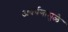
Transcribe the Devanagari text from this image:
अवर्षणामुळे